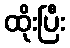
ထိုးပြီး